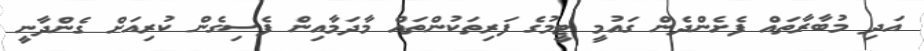
އަދި މުބާރާތައް ފެށެންދެން ގައުމީ ޓީމުގެ ފަރިތަކުންތައް މާދަމާއިން ފެސިގެން ކުރިއަށް ގެންދާނީ